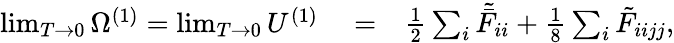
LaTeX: \begin{array}{rlr}{\operatorname*{lim}_{T\to 0}\Omega^{(1)}=\operatorname*{lim}_{T\to 0}U^{(1)}}&{{}=}&{\frac{1}{2}\sum_{i}\tilde{\bar{F}}_{ii}+\frac{1}{8}\sum_{i}\tilde{{F}}_{iijj},}\end{array}